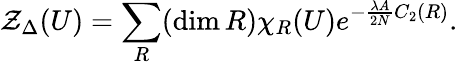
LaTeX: {\cal Z}_{\Delta}(U)=\sum_{R}(\dim R)\chi_{R}(U)e^{-\frac{\lambda A}{2N}C_{2}(R)}.